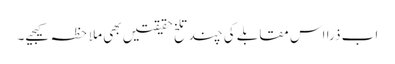
اب ذرا اس مقابلے کی چند تلخ حقیقتیں بھی ملاحظہ کیجیے۔